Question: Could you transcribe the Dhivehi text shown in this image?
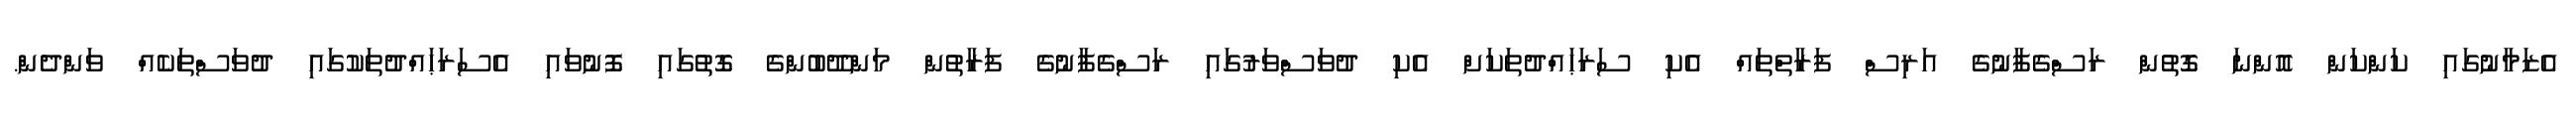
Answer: އެޒަމާނުގައި ކަންކަން އޮންނަ ގޮތުން ރަސްގެފާނުގެ އަރިސް ފަރާތްތައް އެކި ސަރަޙައްދުތަކަށް އެކި ދުވަސްވަރުގައި ރަސްގެފާނުގެ ފަރާތުން މަންދޫބުންގެ ގޮތުގައި ފޮނުވައި އެސަރަޙައްދުތަކުގައި ދުވަސްތަކެއް ވަންދެން.